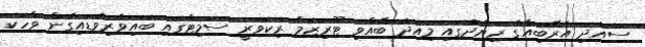
ސައުދި އެރޭބިއާގެ ރިޔާދުގައި މިއަދު ބޭއްވި ޓޫރިޒަމް ރިކަވަރީ ސަމިޓްގައި ބައިވެރިވެޑައިގެން ވާހަކަ